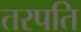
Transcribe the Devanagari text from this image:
तरपति